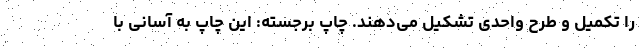
را تکمیل و طرح واحدی تشکیل می‌دهند. چاپ برجسته: این چاپ به آسانی با